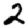
Digit: 2